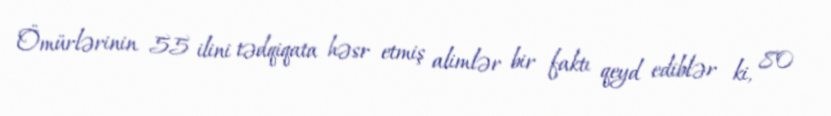
Ömürlərinin 55 ilini tədqiqata həsr etmiş alimlər bir faktı qeyd ediblər ki, 80